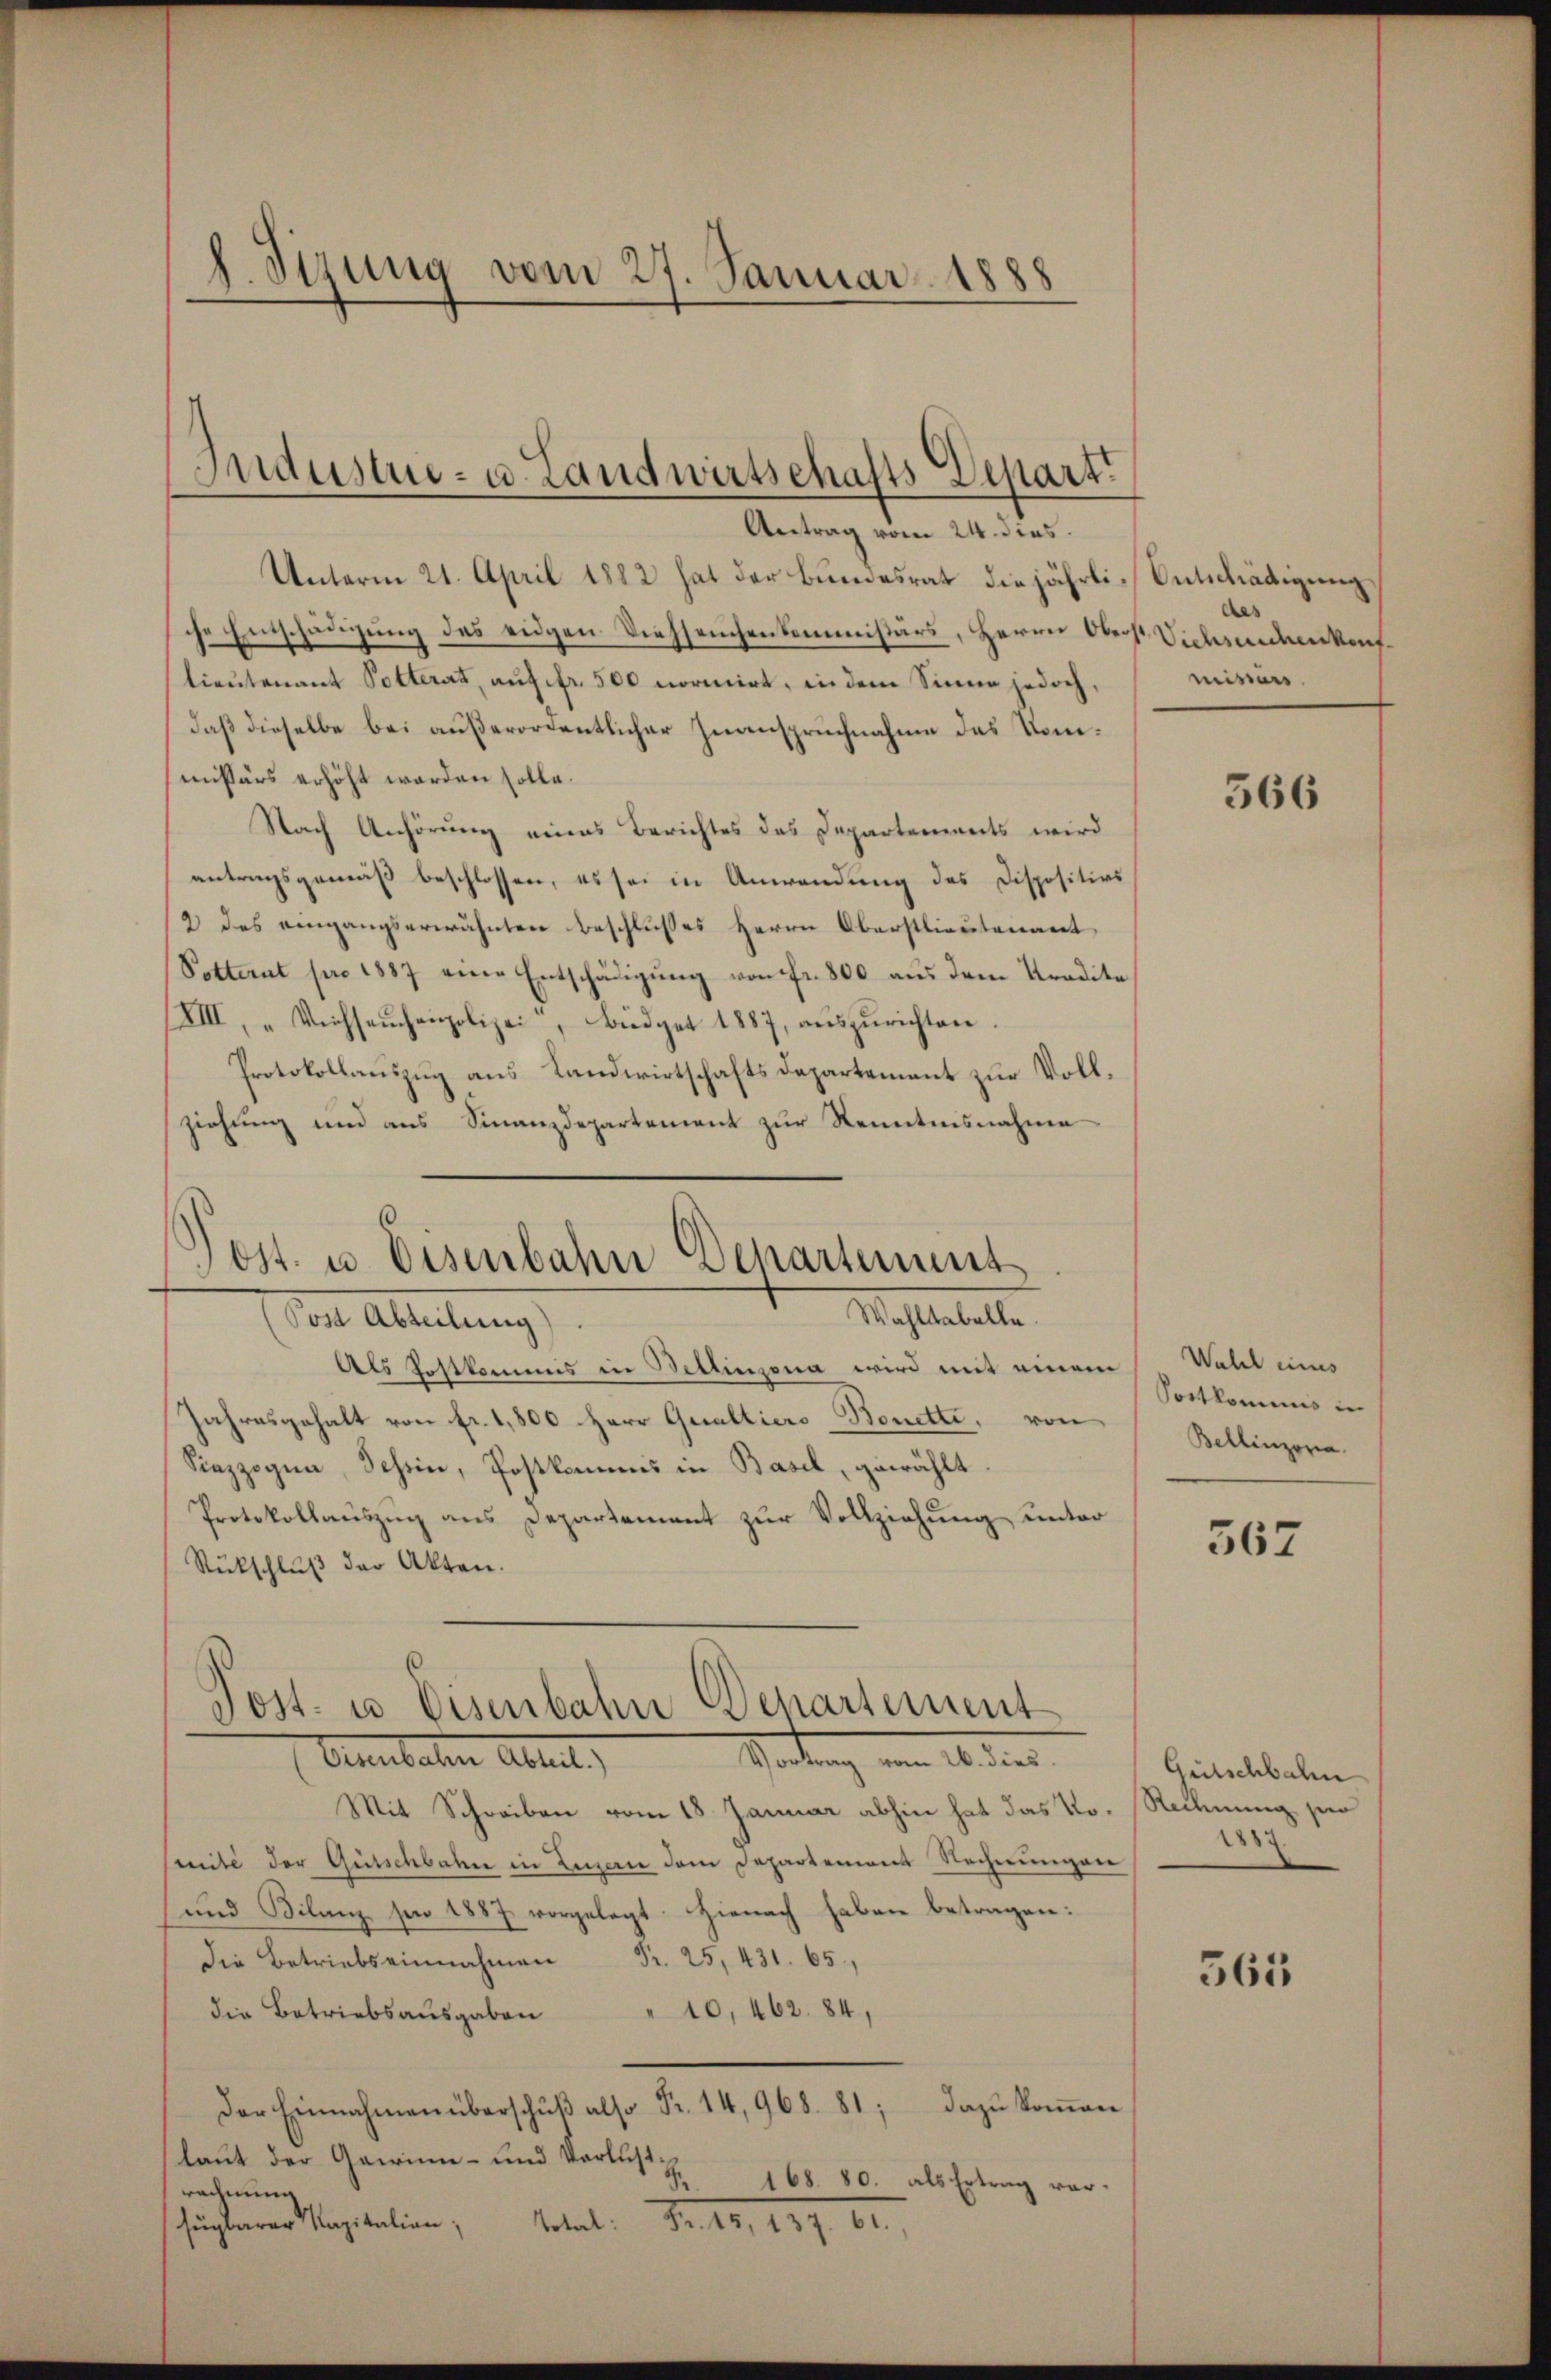
Unterm 21. April 1882 hat der Bundesrat die jährli-Entschädigung
sche Entschädigung des eidgen Viehseuchenkommissärs, Herrn Oberst Viehseuchenkonflieutenant Potterat, auf fr. 500 normirt, in dem Sinne jedoch,
daß dieselbe bei außerordentlicher Inanspruchnahme das Komsmissärs erhöht worden solle.
Nach Anhörung eines Berichtes das Departements wird
antragsgemäß beschlossen, es sei in Anwendung des Dispositios
2 des eingangserwähnten Beschlußes Herrn Oberstlieutenant
Potterat pro 1887 eine Entschädigŭng von fr. 800 aus dem Tradita
XIII, "Viehseuchenpolizei, Büdget 1887, aŭszŭrichten.
Protokollauszug aus Landwirtschafts Departement zur Vollziehung und aus Finanzdepartement zur Kenntnisnahme

d. Sizung vom 27. Januar 1888

Industrie- u. Landwirtschafts Depart.
Antrag vom 24. dies

Jost u. Eisenbahn Departement
Wahltabelle.
(Von Abteilung

Als Postkommis in Bellinzona wird mit einem Wahl eines
Jahresgehalt von fr. 1,800 Herr Qualtiers Bonetti, von
Siezzogna, Schein, Postkommis in Basel, gewählt.
Protokollaŭszŭg ans Departement zŭr Vollziehŭng unter
Rückschluß der Akten.
Post- u Eisenbahn Departement

Oerulaten Abteil,
Haltung vom 16. der

des
missärs

Mit Schreiben vom 18. Januar abhin hat das No. Rechnung per
mite der Gütschbahn in Leuern dem Departement Rechnungen
und Bilanz per 1887 vorgelegt. Hienach haben betragen:
die Betriebs einnahmen Fr. 25, 431. 65,
10,462. 84,
die Betriebsausgaben
Der Einnahmen überschŭβ also Fr. 14, 968. 81; dazŭ koṁen
laut der Gewinn- und Verlust¬
A 168. 80. als Ertrag vorrechnung
fügbarer Kapitalien;
Metal. Fr. 18, 159. 62.

566

Sortkommnis in
Bellinzona.

567

Gütschbalen
183

563